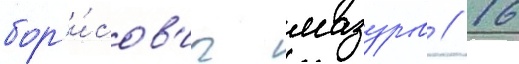
бор'и́сов'ич мазуров // 16